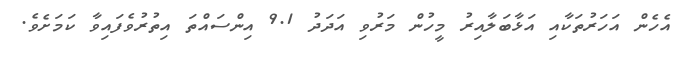
އެހެން އަހަރުތަކާއި އަޅާބަލާއިރު މީހުން މަރުވި އަދަދު 9.1 އިންސައްތަ އިތުރުވެފައިވާ ކަމަށެވެ.